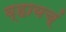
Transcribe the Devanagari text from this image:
व्हायच्ं